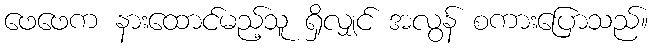
ဖေဖေက နားထောင်မည့်သူ ရှိလျှင် အလွန် စကားပြောသည်။